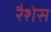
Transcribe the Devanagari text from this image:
रैशेस